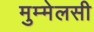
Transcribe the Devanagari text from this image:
मुम्मेलसी